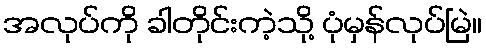
အလုပ်ကို ခါတိုင်းကဲ့သို့ ပုံမှန်လုပ်မြဲ။